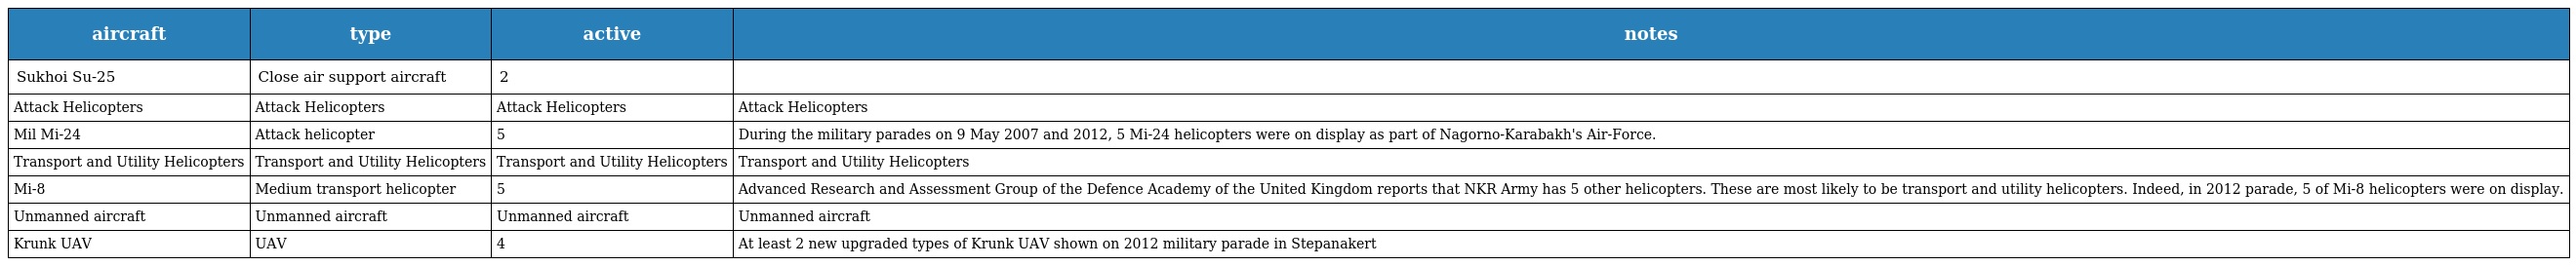
| aircraft | type | active | notes |
 | --- | --- | --- | --- |
 | Sukhoi Su-25 | Close air support aircraft | 2 |  |
 | Attack Helicopters | Attack Helicopters | Attack Helicopters | Attack Helicopters |
 | Mil Mi-24 | Attack helicopter | 5 | During the military parades on 9 May 2007 and 2012, 5 Mi-24 helicopters were on display as part of Nagorno-Karabakh's Air-Force. |
 | Transport and Utility Helicopters | Transport and Utility Helicopters | Transport and Utility Helicopters | Transport and Utility Helicopters |
 | Mi-8 | Medium transport helicopter | 5 | Advanced Research and Assessment Group of the Defence Academy of the United Kingdom reports that NKR Army has 5 other helicopters. These are most likely to be transport and utility helicopters. Indeed, in 2012 parade, 5 of Mi-8 helicopters were on display. |
 | Unmanned aircraft | Unmanned aircraft | Unmanned aircraft | Unmanned aircraft |
 | Krunk UAV | UAV | 4 | At least 2 new upgraded types of Krunk UAV shown on 2012 military parade in Stepanakert |